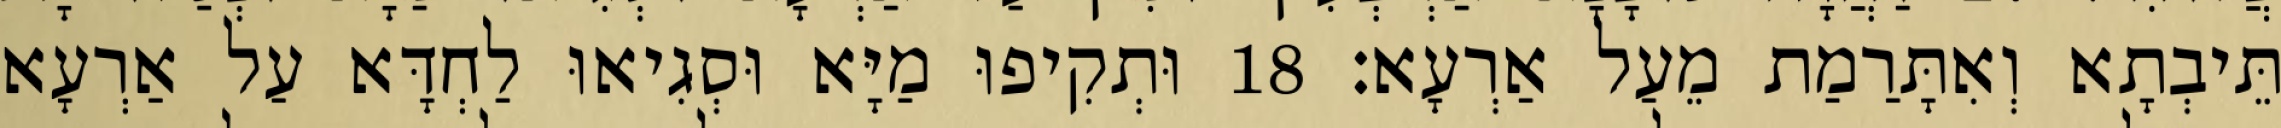
תֵּיבְתָא וְאִתָּרַמַת מֵעַל אַרְעָא׃ 18 וּתְקִיפוּ מַיָּא וּסְגִיאוּ לַחְדָּא עַל אַרְעָא